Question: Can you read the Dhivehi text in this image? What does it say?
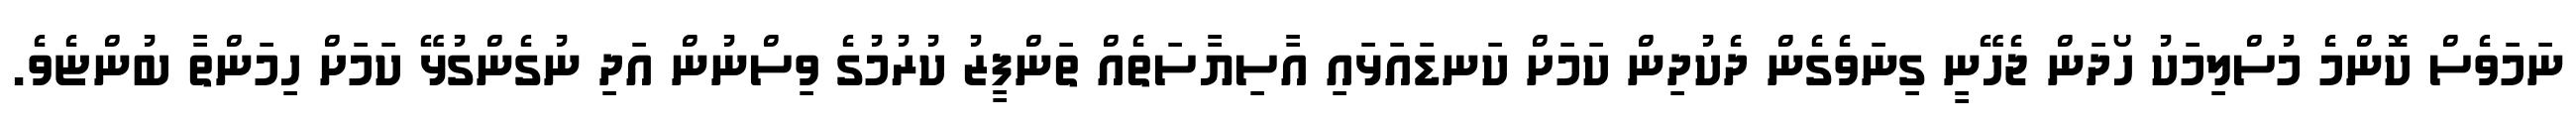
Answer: ނަމަވެސް ކޮންމެ މުސްލިމަކު ހޯދަން ޖެހޭނީ ގިނަވެގެން ދެކުދިން ކަމަށް ކަނޑައަޅައި އާސިޔާސަތެއް ތަންފީޒު ކުރުމުގެ ވިސްނުން އަދި ނުގެންގުޅޭ ކަމަށް ހިމަންތާ ބުންޏެވެ.